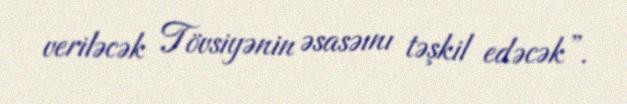
veriləcək Tövsiyənin əsasəını təşkil edəcək”.